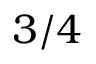
3 / 4